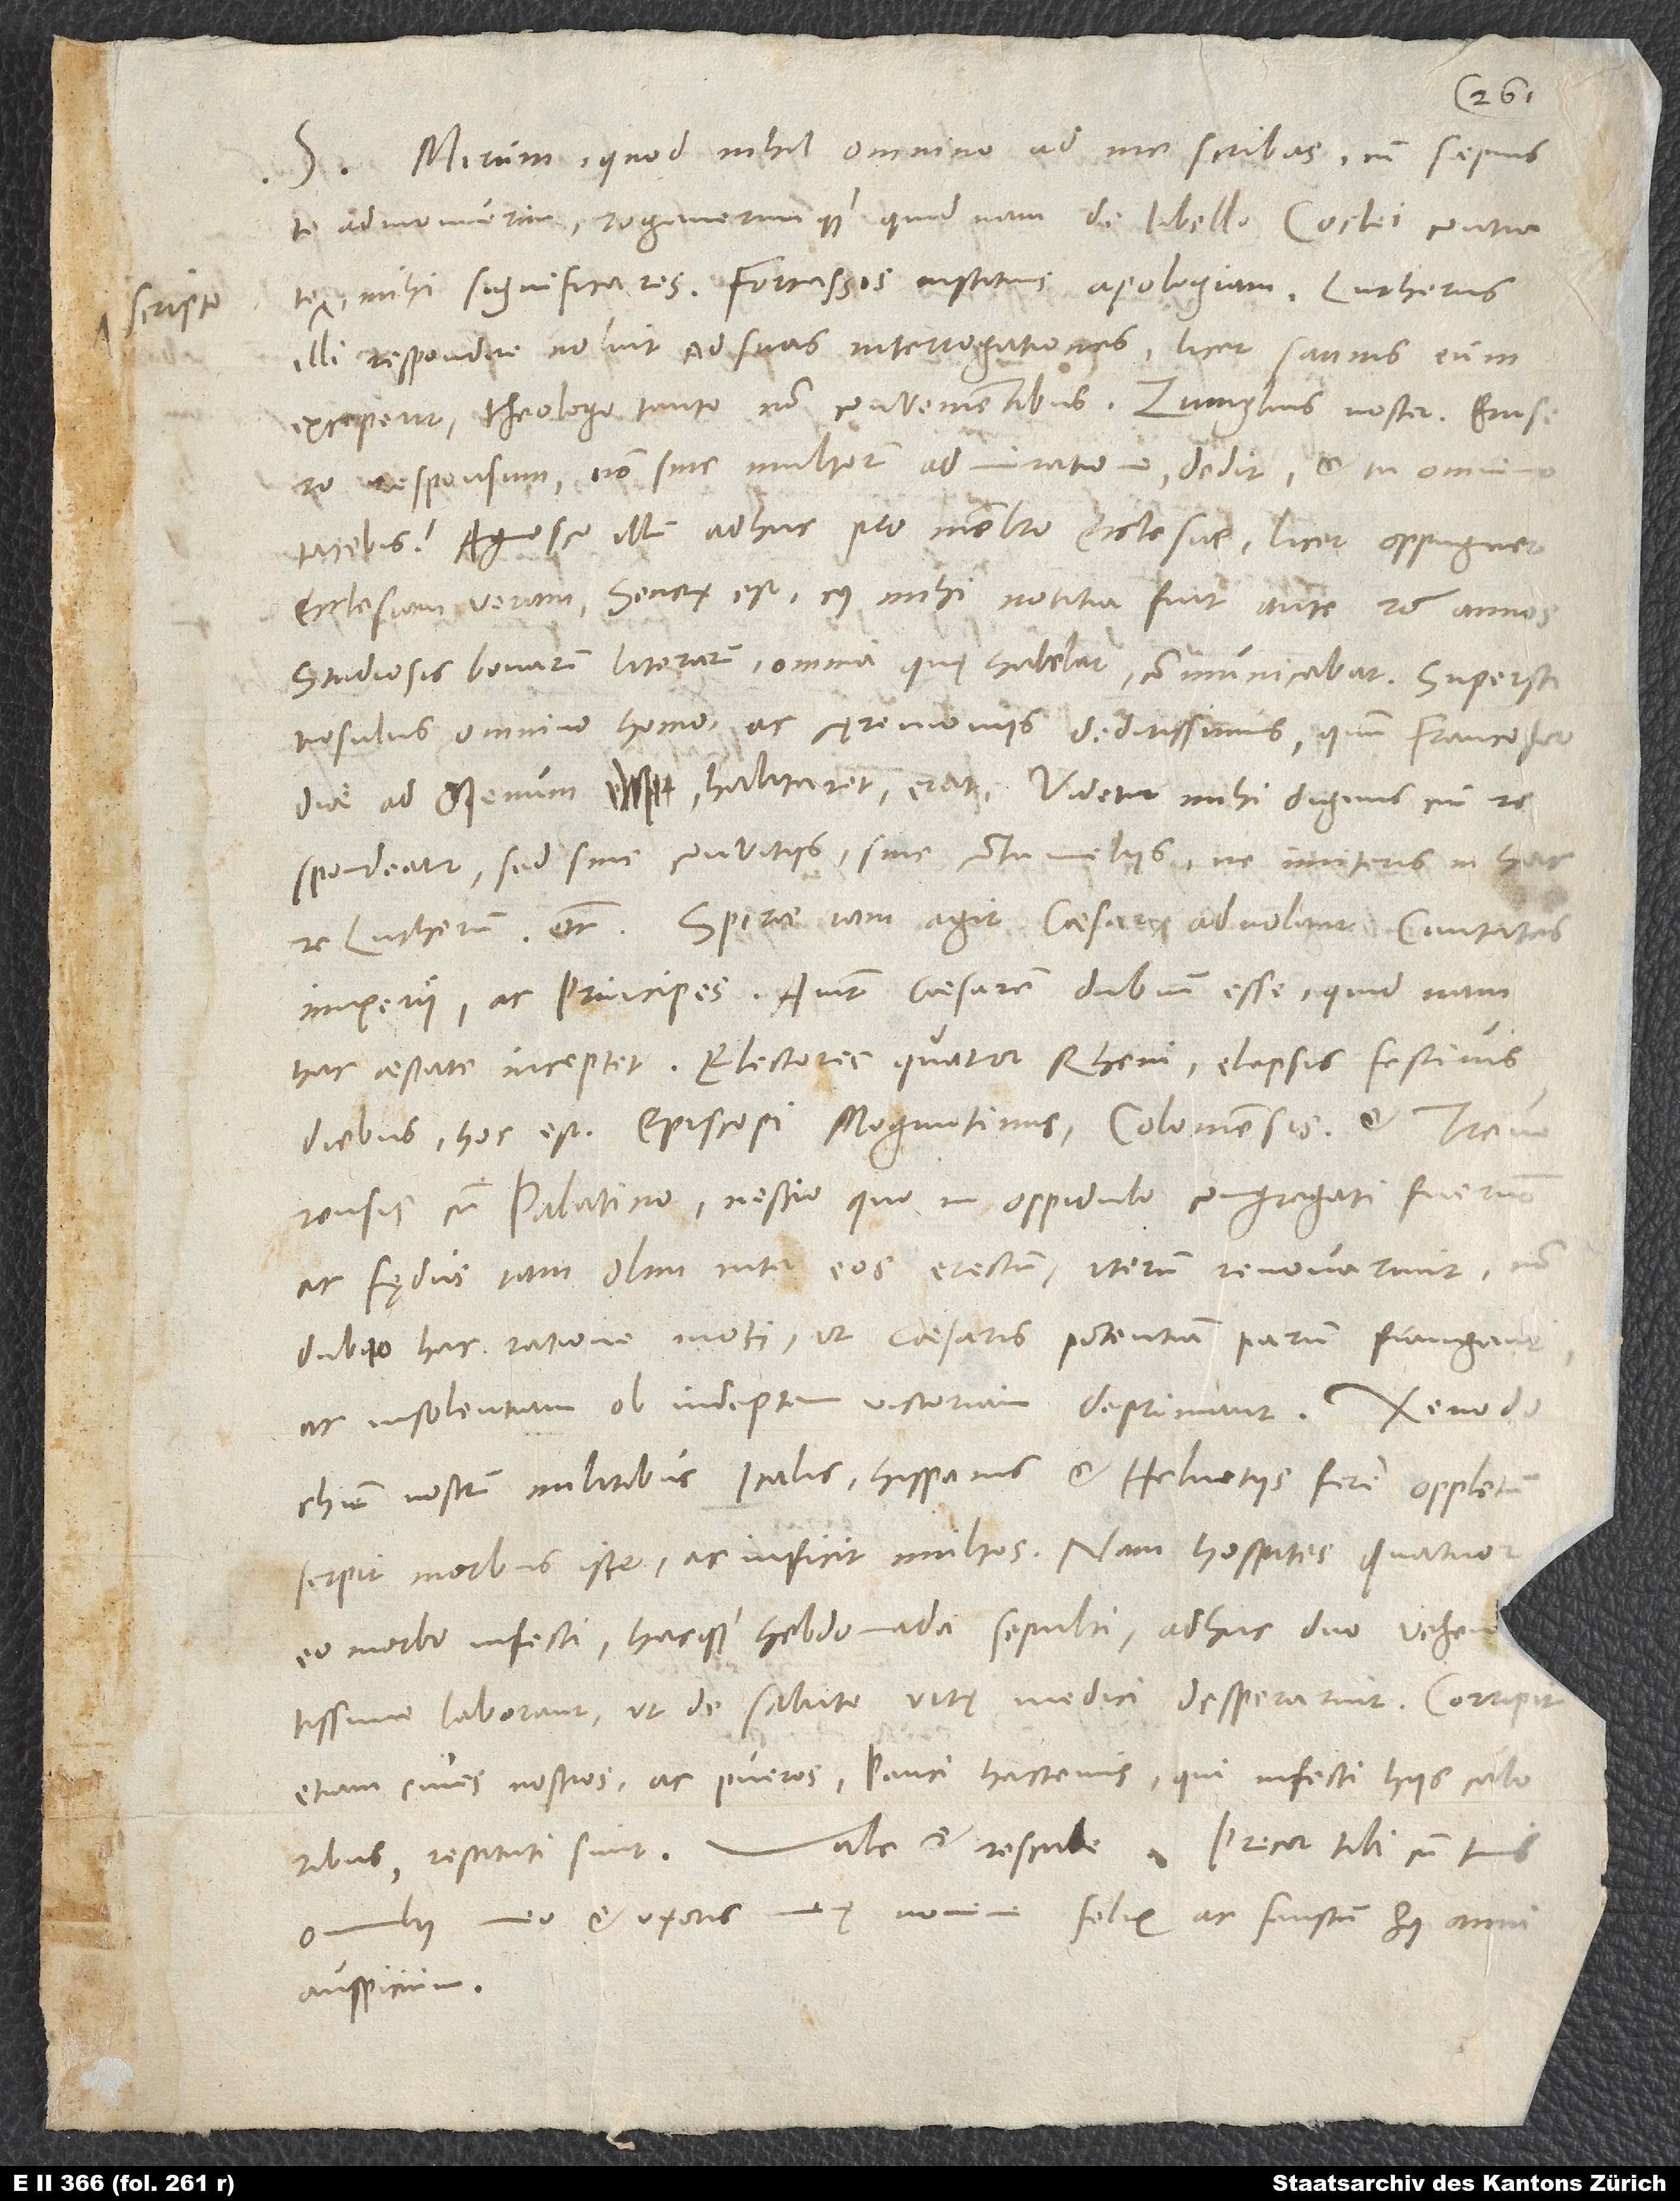
scripto

S. Mirum, quod nihil omnino ad me scribas, cum saepius
te admonuerim rogaverimque, quid nam de libello Coclei contra
mihi significares. Fortassis instituis apologiam. Lutherus
illi respondere noluit ad suas interrogationes, licet sannis eum
responsum non sine multorum admiratione dedit, et tu omnino
Agnosco illum adhuc pro membro ecclesiae, licet oppugnet
ecclesiam veram. Senex est, cuius mihi notitia fuit ante 26 annos.
Studiosis bonarum artium omnia, quę habebat, communicabat. Superstitiosulus
omnino homo ac cęremoniis deditissimus, quum Francofordiae
ad Menum habitaret, erat. Videtur mihi dignus, cui
respondeatur, sed sine convitiis, sine contumeliis, ne imiteris in hac
imperii ac principes. Aiunt caesarem dubium esse, quid nam
hac aestate inceptet. Electores quatuor Rheni elapsis festivis
diebus, hoc est episcopi Moguntinus, Coloniensis et Treverensis
cum Palatino, nescio quo in oppidulo congregati fuerunt
ac fędus iam olim inter eos erectum iterum renovarunt, non
dubito hac ratione moti, ut caesaris potentiam parum frangant
ac insolentiam ob indeptam victoriam deprimant.
nostrum militibus Italis, Hispanis et Helvetiis fere oppletum;
serpit morbus iste ac inficit multos. Nam hospites quatuor
eo morbo infecti hacque hebdomada sepulti, adhuc duo vehemtissime
laborant, ut de salute vitę medici desperarint. Corripit
etiam cives nostros ac pueros; pauci hactenus, qui infecti hiis caloribus,
omnibus meo et uxoris meę nomine felix ac faustum huius anni
auspicium.